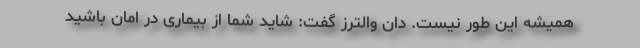
همیشه این طور نیست. دان والترز گفت: شاید شما از بیماری در امان باشید